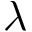
\lambda